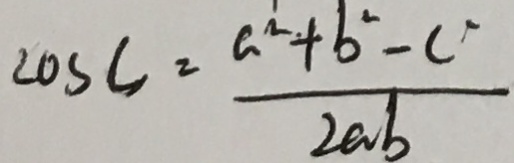
\cos C = \frac { a ^ { 2 } + b ^ { 2 } - c ^ { 2 } } { 2 a b }